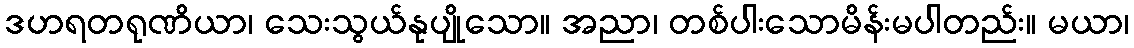
ဒဟရတရုဏိယာ၊ သေးသွယ်နုပျိုသော။ အညာ၊ တစ်ပါးသောမိန်းမပါတည်း။ မယာ၊